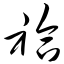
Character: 袷